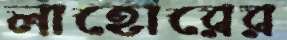
লাহোরের